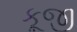
કૂજી